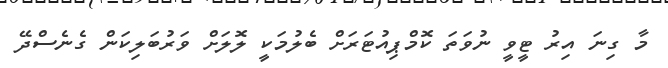
މާ ގިނަ އިރު ޓީވީ ނުވަތަ ކޮމްޕިއުޓަރަށް ބެލުމަކީ ލޮލަށް ވަރުބަލިކަން ގެނެސްދޭ